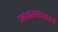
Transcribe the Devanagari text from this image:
अवस्थावालों